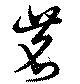
茗